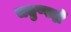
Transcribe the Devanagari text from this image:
चतुष्पदों